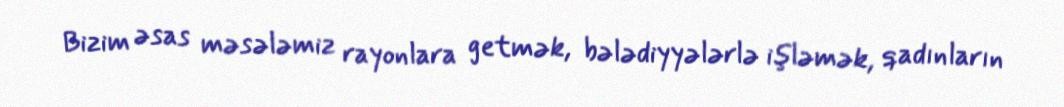
Bizim əsas məsələmiz rayonlara getmək, bələdiyyələrlə işləmək, qadınların